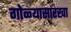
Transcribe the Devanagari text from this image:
गोळ्यासारखा